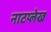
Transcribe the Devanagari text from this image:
नाटय्लेख